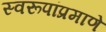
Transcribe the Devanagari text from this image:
स्वरूपांप्रमाणे